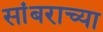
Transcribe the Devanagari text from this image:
सांबराच्या